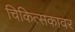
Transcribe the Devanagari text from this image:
चिकित्सकावर